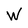
Character: W